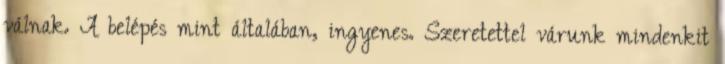
válnak. A belépés mint általában, ingyenes. Szeretettel várunk mindenkit